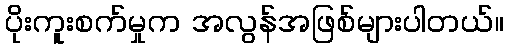
ပိုးကူးစက်မှုက အလွန်အဖြစ်များပါတယ်။